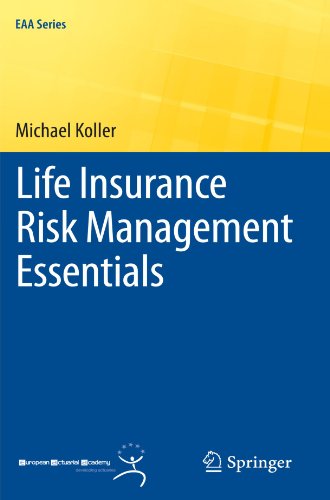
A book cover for Life Insurance Risk Management Essentials (EAA Series); Michael Koller; Science & Math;